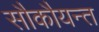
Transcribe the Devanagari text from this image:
सौकौयन्त